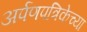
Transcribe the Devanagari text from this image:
अर्पणपत्रिकेच्या